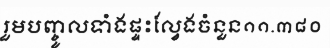
រួមបញ្ចូលទាំងផ្ទះល្វែងចំនួន១១.៣៨០